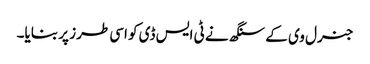
جنرل وی کے سنگھ نے ٹی ایس ڈی کو اسی طرز پر بنایا۔